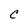
Character: C